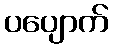
ပပျောက်